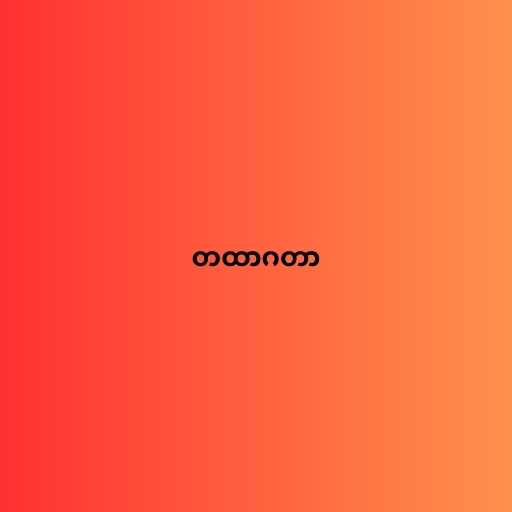
တထာဂတာ